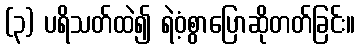
(၃) ပရိသတ်ထဲ၍ ရဲဝံ့စွာပြောဆိုတတ်ခြင်း။